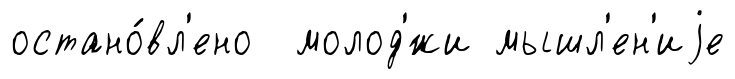
остано́вл'ено молод'́жи мышл'ен'иjе